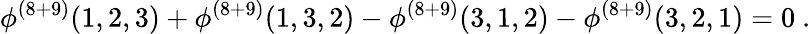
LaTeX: \phi^{(8+9)}(1,2,3)+\phi^{(8+9)}(1,3,2)-\phi^{(8+9)}(3,1,2)-\phi^{(8+9)}(3,2,1)=0\ .